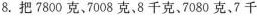
8.把7800克、7008克、8千克、7080克、7千